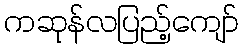
ကဆုန်လပြည့်ကျော်